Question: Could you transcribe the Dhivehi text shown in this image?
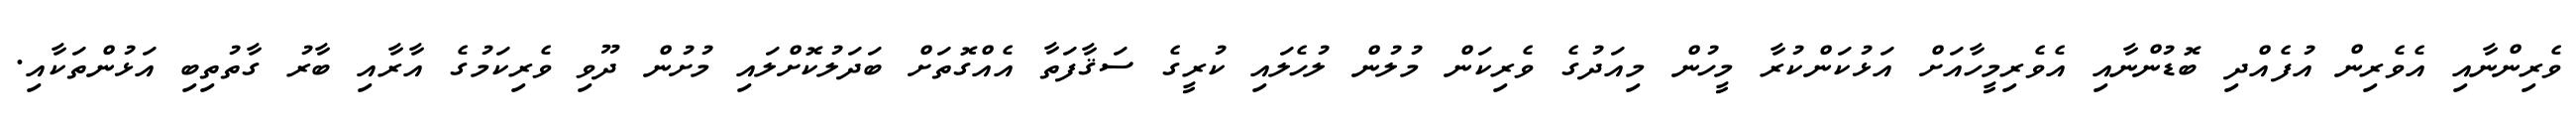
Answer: ވެރިންނާއި އެވެރިން އުފެއްދި ބޮޑުންނާއި އެވެރިމީހާއަށް އަޅުކަންކުރާ މީހުން މިއަދުގެ ވެރިކަން މުލުން ލުހެލައި ކުރީގެ ސަޤާފަތާ އެއްގޮތަށް ބަދަލުކޮށްލައި މުށުން ދޫވި ވެރިކަމުގެ އާރާއި ބާރު ގާތުތިބި އަޅުންތަކާއި.